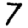
Digit: 7